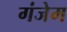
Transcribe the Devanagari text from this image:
गंजेम